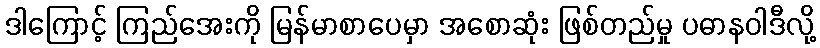
ဒါကြောင့် ကြည်အေးကို မြန်မာစာပေမှာ အစောဆုံး ဖြစ်တည်မှု ပဓာနဝါဒီလို့